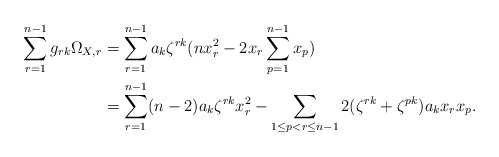
\begin{align*}\sum_{r=1}^{n-1} g_{rk} \Omega_{X,r}&=\sum_{r=1}^{n-1} a_k \zeta^{rk}(n x_r^2-2x_r\sum_{p=1}^{n-1}x_p)\\&=\sum_{r=1}^{n-1} (n-2)a_k \zeta^{rk} x_r^2- \sum_{1\leq p<r \leq n-1}2(\zeta^{rk}+\zeta^{pk})a_k x_r x_p .\end{align*}